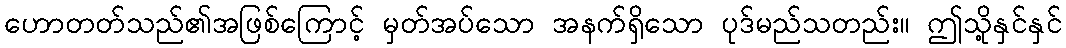
ဟောတတ်သည်၏အဖြစ်ကြောင့် မှတ်အပ်သော အနက်ရှိသော ပုဒ်မည်သတည်း။ ဤသို့နှင်နှင်